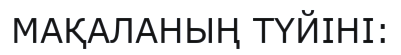
МАҚАЛАНЫҢ ТҮЙІНІ: